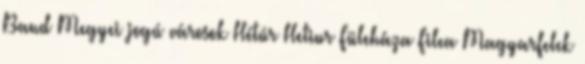
Band Megyei jogú városok Hétúr Hetiur Füleháza Filea Magyarfelek